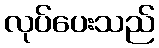
လုပ်ပေးသည်